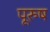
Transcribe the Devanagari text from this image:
पूरुष